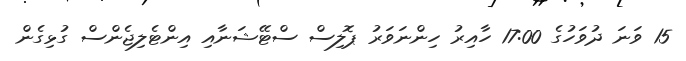
15 ވަނަ ދުވަހުގެ 17:00 ހާއިރު ހިންނަވަރު ޕޮލިސް ސްޓޭޝަނާއި އިންޓެލިޖެންސް ގުޅިގެން